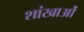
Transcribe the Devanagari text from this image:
शांखाओं